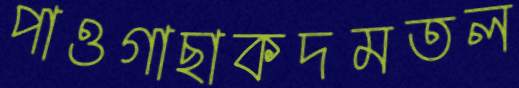
পাওগাছাকদমতল